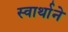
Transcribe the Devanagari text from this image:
स्वार्थाने